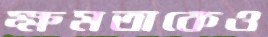
ক্ষমতাকেও